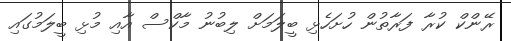
ރޭންކް ކުރާ ފަރާތުން ހުށަހެޅި ބީލަމަށް ލިބުނު މާކްސް އާއި މުޅި ބީލަމުގައި